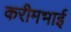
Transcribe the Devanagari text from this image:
करीमभाई